Lunatic asylums in Bengal annual reports 1899-1911 - 1899-1911
Year: 1899
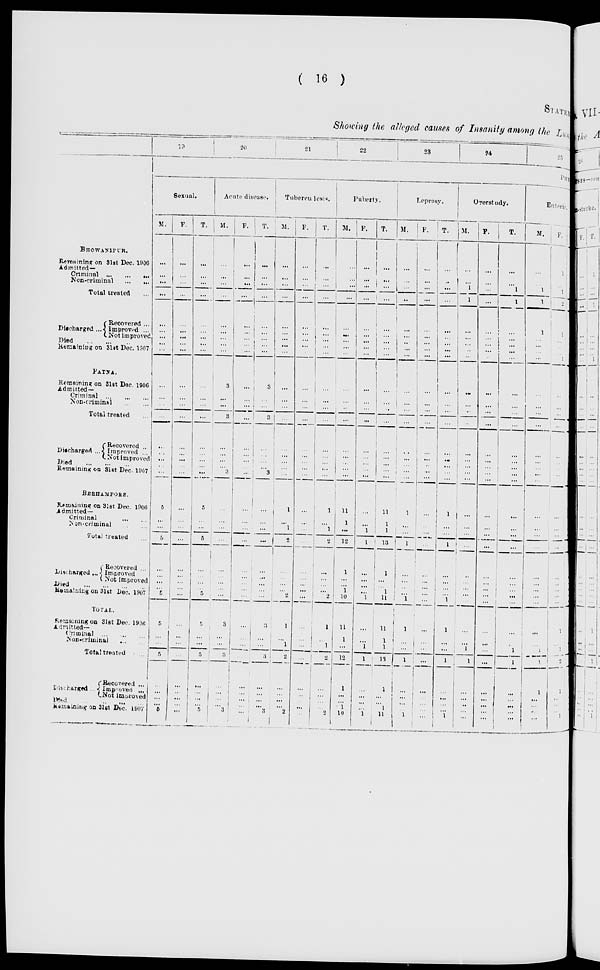
( 16 )
STATEMENT
Showing the alleged causes of Insanity among the Lunatic
BHOWANIPUR.
Remaining on 31st Dec. 1906
Admitted—
Criminal
...
...
...
Non-criminal ... ...
Total treated ...
Discharged ...
Recovered ...
Improved ...
Not improved
Died ... ... ...
Remaining on 31st Dec. 1907
PATNA.
Remaining on 31st Dec. 1906
Admitted—
Criminal ... ... ...
Non-criminal
...
...
Total treated ...
Discharged ...
Recovered ...
Improved ...
Not improved
Died ... ... ...
Remaining on 31st Dec. 1907
BERHAMPORE.
Remaining on 31st Dec. 1906
Admitted—
Criminal
Non-criminal
...
...
Total treated
Discharged ...
Recovered ...
Improved
Not improved
Died ... ... ... ...
Remaining on 31st Dec. 1907
TOTAL.
Remaining on 31st Dec. 1906
Admitted—
Criminal ... ... ...
Non-criminal ... ..
Total treated ...
Discharged ...
Recovered ...
Improved ...
Not improved
Died ... ... ...
Remaining
on 31st Dec. 1907
19
20
21
22
23
24
PHYSICAL
Sexual.
M.
...
...
...
...
...
...
...
...
...
...
...
...
...
...
... ...
...
...
5
...
...
5
...
... ...
...
5
5
... ...
5
...
... ...
... 5
F.
...
... ...
...
...
...
...
...
...
...
...
...
...
...
...
...
... ...
...
... ...
...
...
...
... ...
...
...
...
...
...
...
... ...
... ...
T.
...
...
...
...
...
... ...
...
...
...
...
...
...
...
... ... ... ...
5
... ...
5
...
...
... ... 5
5
...
...
5
...
...
...
...
5
Acute disease.
M.
...
...
...
...
...
...
...
...
...
3
... ...
3
...
...
... ...
3
...
...
...
...
...
... ...
... ...
3
...
...
3
...
... ...
...
3
F.
...
...
...
...
...
...
... ... ...
...
...
...
...
...
... ... ... ...
...
... ...
...
...
...
...
... ...
...
... ...
...
...
... ...
...
...
T.
...
...
...
...
...
...
...
...
...
3
...
... 3
...
... ... ...
3
...
...
...
...
...
...
... ... ...
3
...
...
3
...
... ...
...
3
Tuberculosis.
M.
...
...
...
...
...
...
...
...
...
...
...
...
...
...
...
... ... ...
1
...
1
2
...
...
... ... 2
1
... 1
2
...
... ...
...
2
F.
...
...
...
...
...
...
...
...
...
...
... ...
...
...
...
... ... ...
...
...
...
...
...
...
... ...
...
...
... ...
...
...
... ... ...
...
T.
...
...
...
...
...
...
...
...
...
...
...
... ...
...
... ... ...
...
1
...
1
2
...
...
... ...
2
1
...
1
2
...
...
...
...
2
Puberty.
M.
...
... ...
...
...
...
...
...
...
...
... ... ...
...
...
...
...
...
11
1
...
12
1
...
...
1
10
11
1
...
12
1
... ...
1
10
F.
...
...
...
...
...
...
... ... ...
...
...
...
...
...
... ...
... ...
...
...
1
1
...
...
...
...
1
...
...
1
1
...
... ...
... 1
T.
...
...
...
...
...
...
...
...
...
...
...
...
...
...
...
...
... ...
11
1
1
13
1
...
... 1
11
11
1
1
13
1
... ...
1
11
Leprosy.
M.
...
... ...
...
...
...
... ...
...
...
...
...
...
...
...
... ...
...
1
...
...
1
...
... ...
...
1
1
...
...
1
...
...
...
... 1
F.
...
...
...
...
...
...
...
... ...
...
...
...
...
...
...
...
... ...
...
... ...
...
...
...
... ... ...
...
...
... ...
...
...
...
... ...
T.
...
...
...
...
...
...
...
...
...
...
... ...
...
...
...
...
... ...
1
...
...
1
...
...
...
... 1
1
... ...
1
...
... ... ...
1
Overstudy.
M.
...
... 1 1
...
...
...
... ...
...
...
...
...
...
... ...
... ...
...
...
...
...
...
...
...
...
...
...
...
1
1
...
... ...
...
...
F.
...
...
...
...
...
...
...
...
...
...
...
...
...
...
...
... ... ...
...
... ...
...
...
...
...
... ...
...
... ...
...
...
... ...
... ...
T.
...
...
1
1
...
...
...
...
...
...
... ...
...
...
...
...
...
...
...
... ...
...
...
...
...
...
...
...
... 1
1
...
... ...
...
...
Enteric.
M.
...
...
1
1
1
... ...
... ...
...
...
...
...
...
... ... ...
...
...
...
...
...
...
...
...
...
...
...
... 1
...
1
... ...
...
...
F.
1
... 1
2
1
...
... ... 1
...
... ...
...
...
... ... ... ...
...
... ...
...
...
...
... ... ...
1
... ...
2
1
...
...
... 1